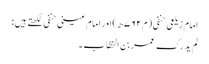
امام زیلعی حنفی ( م ۷۶۲ھ) اور امام عینی حنفی لکھتے ہیں :
لم ید رک عمر بن الخطّاب ۔